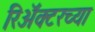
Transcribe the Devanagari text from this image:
रिॲक्टरच्या